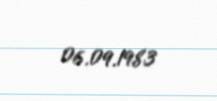
06.09.1983